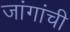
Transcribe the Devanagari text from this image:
जांगांची